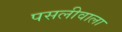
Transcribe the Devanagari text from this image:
पसलीवाला